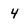
Character: 4